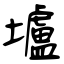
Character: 壚